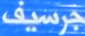
جرسيف